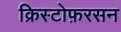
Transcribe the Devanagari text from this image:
क्रिस्टोफ़रसन